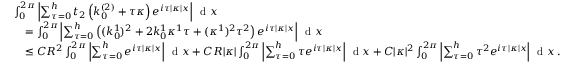
\begin{array} { r l } & { \int _ { 0 } ^ { 2 \pi } \left\vert \sum _ { \tau = 0 } ^ { h } t _ { 2 } \left( k _ { 0 } ^ { ( 2 ) } + \tau \kappa \right) e ^ { i \tau | \kappa | x } \right\vert \, \textnormal { d } x } \\ & { \quad = \int _ { 0 } ^ { 2 \pi } \left\vert \sum _ { \tau = 0 } ^ { h } \left( ( k _ { 0 } ^ { 1 } ) ^ { 2 } + 2 k _ { 0 } ^ { 1 } \kappa ^ { 1 } \tau + ( \kappa ^ { 1 } ) ^ { 2 } \tau ^ { 2 } \right) e ^ { i \tau | \kappa | x } \right\vert \, \textnormal { d } x } \\ & { \quad \leq C R ^ { 2 } \int _ { 0 } ^ { 2 \pi } \left\vert \sum _ { \tau = 0 } ^ { h } e ^ { i \tau | \kappa | x } \right\vert \, \textnormal { d } x + C R | \kappa | \int _ { 0 } ^ { 2 \pi } \left\vert \sum _ { \tau = 0 } ^ { h } \tau e ^ { i \tau | \kappa | x } \right\vert \, \textnormal { d } x + C | \kappa | ^ { 2 } \int _ { 0 } ^ { 2 \pi } \left\vert \sum _ { \tau = 0 } ^ { h } \tau ^ { 2 } e ^ { i \tau | \kappa | x } \right\vert \, \textnormal { d } x \, . } \end{array}